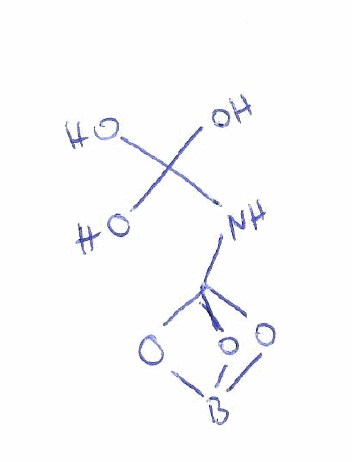
Simplified molecular-input line-entry system (SMILES) notation of the given molecule:
B12OC(O1)(O2)NC(O)(O)O